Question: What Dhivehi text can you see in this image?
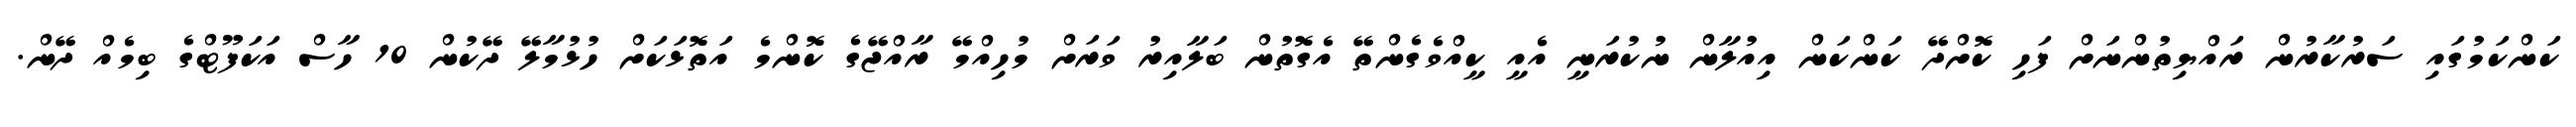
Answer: ކަންކަމުގައި ސަރުކާރުން ރައްޔިތުންނަށް ފަހި ކޮށްދޭ ކަންކަން އިއުލާން ނުކުރަނީ އެއީ ކީއްވެގެންތޭ އެގޮތުން ބަލާއިރު ވަރަށް މުހިއްމޭ ރާއްޖޭގެ ކޮންމެ އަތޮޅަކަށް ހުޅުމާލޭ ދޭކުން 10 ހާސް އަކަފޫޓްގެ ބިމެއް ދޭން.